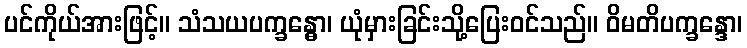
ပင်ကိုယ်အားဖြင့်။ သံသယပက္ခန္ဓော၊ ယုံမှားခြင်းသို့ပြေးဝင်သည်။ ဝိမတိပက္ခန္ဒော၊